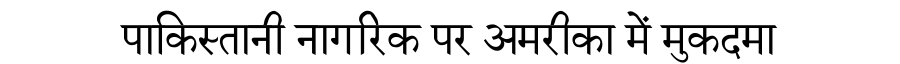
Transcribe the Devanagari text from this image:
पाकिस्तानी नागरिक पर अमरीका में मुकदमा